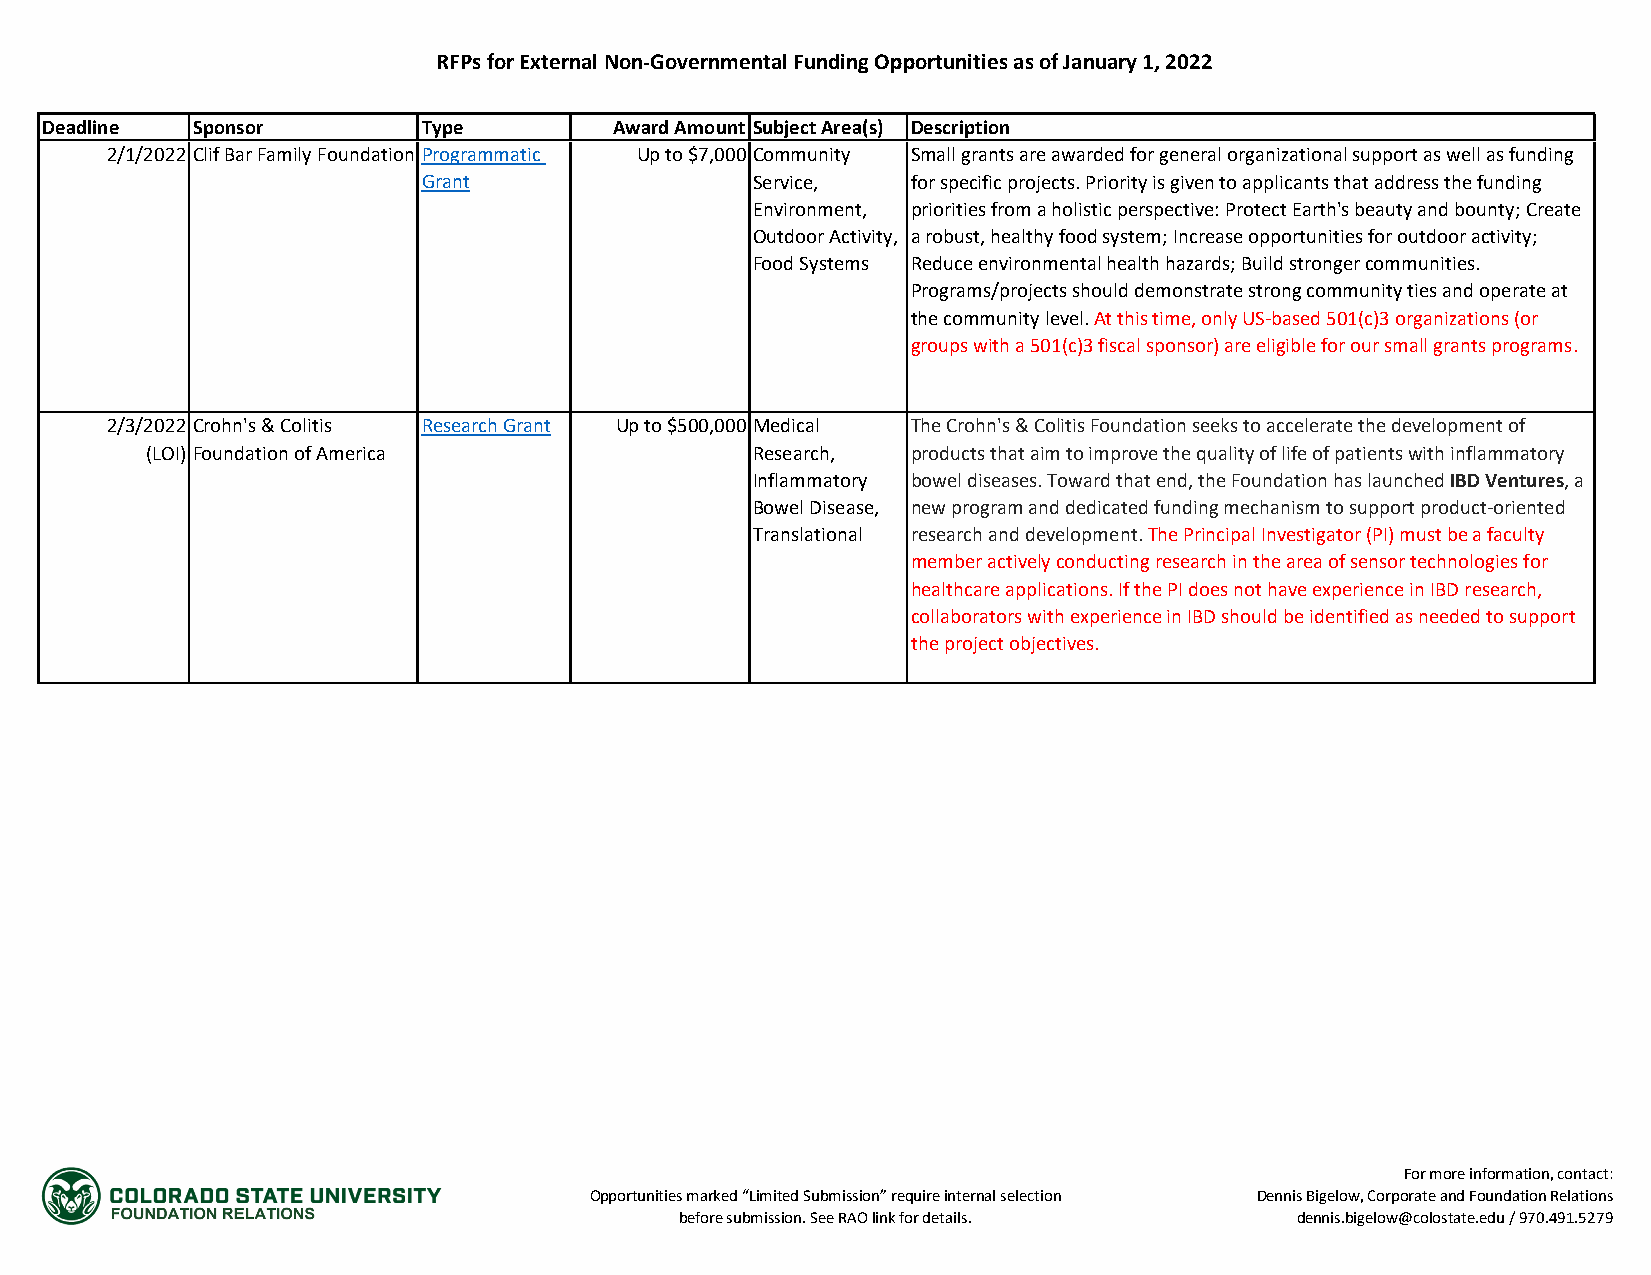
RFPs for External Non-Governmental Funding Opportunities as of January 1, 2022
 Deadline  Sponsor        Type         Award Amount Subject Area(s) Description
 2/1/2022 Clif Bar Family Foundation Programmatic Up to $7,000 Community Small grants are awarded for general organizational support as well as funding
 Grant                 Service,  for specific projects. Priority is given to applicants that address the funding
 Environment, priorities from a holistic perspective: Protect Earth's beauty and bounty; Create
 Outdoor Activity, a robust, healthy food system; Increase opportunities for outdoor activity;
 Food Systems Reduce environmental health hazards; Build stronger communities.
 Programs/projects should demonstrate strong community ties and operate at
 the community level. At this time, only US-based 501(c)3 organizations (or
 groups with a 501(c)3 fiscal sponsor) are eligible for our small grants programs.
 2/3/2022 Crohn's & Colitis Research Grant Up to $500,000 Medical The Crohn's & Colitis Foundation seeks to accelerate the development of
 (LOI) Foundation of America             Research, products that aim to improve the quality of life of patients with inflammatory
 Inflammatory bowel diseases. Toward that end, the Foundation has launched IBD Ventures, a
 Bowel Disease, new program and dedicated funding mechanism to support product-oriented
 Translational research and development. The Principal Investigator (PI) must be a faculty
 member actively conducting research in the area of sensor technologies for
 healthcare applications. If the PI does not have experience in IBD research,
 collaborators with experience in IBD should be identified as needed to support
 the project objectives.
 For more information, contact:
 Opportunities marked “Limited Submission” require internal selection Dennis Bigelow, Corporate and Foundation Relations
 before submission. See RAO link for details. dennis.bigelow@colostate.edu / 970.491.5279